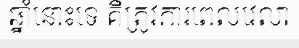
ឆ្នាំនោះទេ គឺត្រូវការពេលវេលា